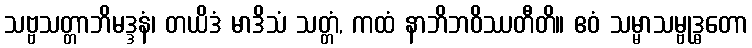
သဗ္ဗသတ္တာဘိမဒ္ဒနံ၊ တယိဒံ မာဒိသံ သတ္တံ, ကထံ နာဘိဘဝိဿတီတိ။ ဧဝံ သမ္မာသမ္ဗုဒ္ဓတော